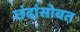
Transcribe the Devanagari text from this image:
छंदांसोबत